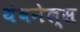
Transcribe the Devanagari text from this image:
थंबनेल्स